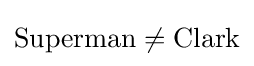
{\text{Superman}}\neq {\text{Clark}}